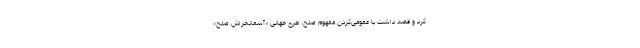
کرد و قصد داشت با عمومی‌کردن مفهوم صلح، طرح جهانی «آسمانخراش صلح»